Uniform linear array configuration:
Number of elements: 64
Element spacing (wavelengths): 0.75
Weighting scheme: exponential
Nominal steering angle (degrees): -60
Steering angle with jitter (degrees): -58.924
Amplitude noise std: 0.05
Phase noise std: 0.05

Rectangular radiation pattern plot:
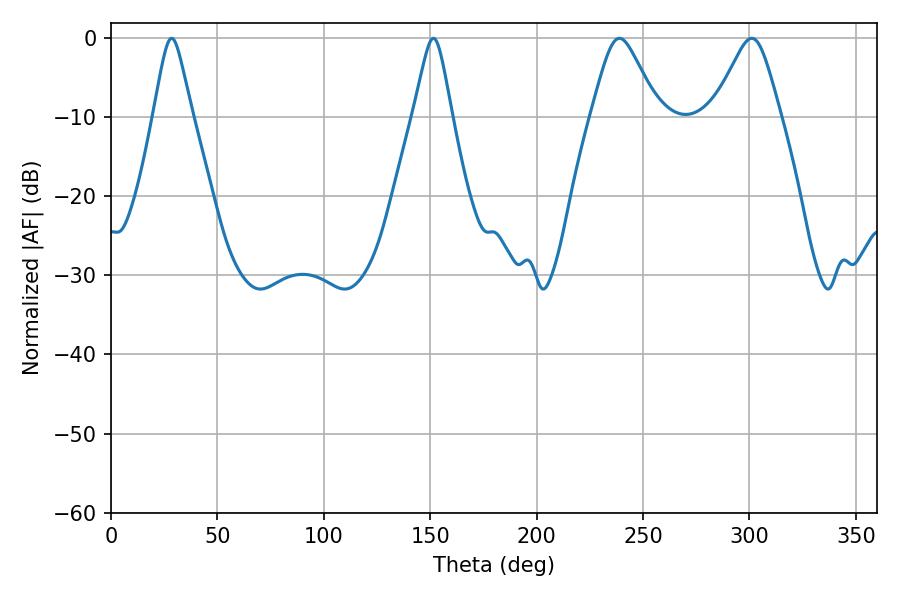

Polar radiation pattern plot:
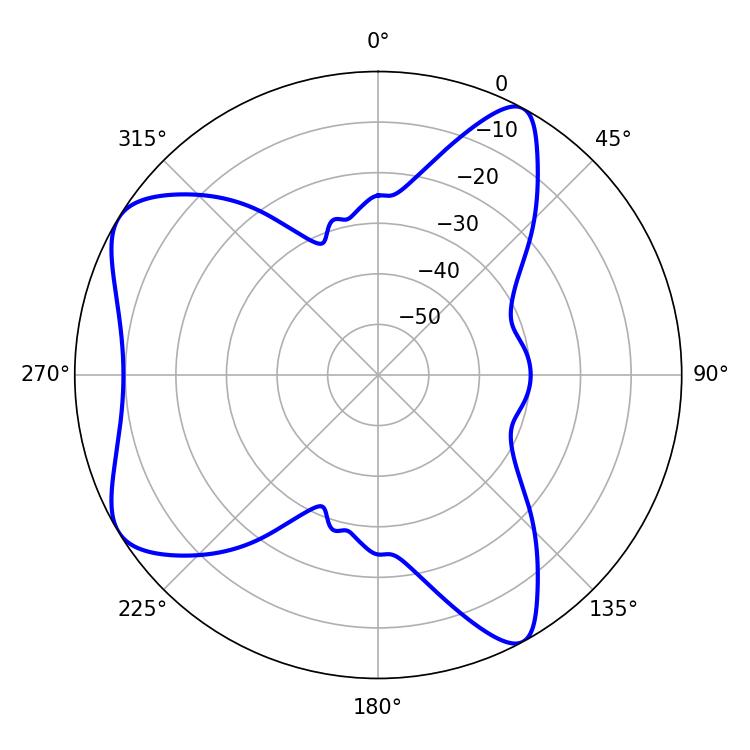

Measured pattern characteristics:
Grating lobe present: TRUE
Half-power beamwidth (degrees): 15.12
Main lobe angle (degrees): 238.86